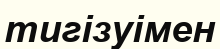
тигізуімен